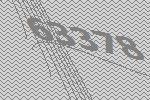
63378